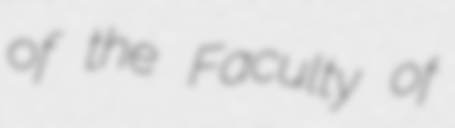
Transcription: of the Faculty of